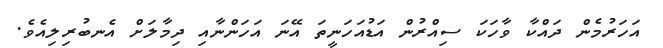
އަހަރުމެން ދައްކާ ވާހަކަ ސިއްރުން އަޑުއަހަނީތަ އޭނަ އަހަންނާއި ދިމާލަށް އެނބުރިލިއެވެ.